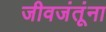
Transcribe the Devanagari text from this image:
जीवजंतूंना